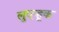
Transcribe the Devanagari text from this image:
लुएन्हूक